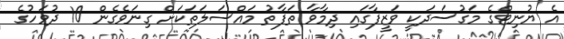
އެ ޔުނިޓްގެ މަގުސަދަކީ ވަޒީފާގައި ދިމާވާ ތަފާތު މައްސަލަތަކަށް ގިނަވެގެން 10 ދުވަހުގެ